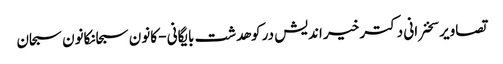
تصاویر سخنرانی دکتر خیر اندیش در کوهدشت بایگانی - کانون سبحانکانون سبحان